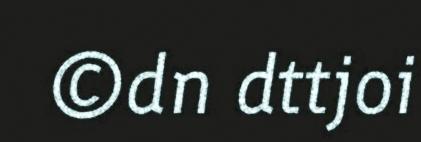
©dn dttjoi